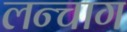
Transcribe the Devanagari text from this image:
लन्चाग